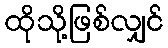
ထိုသို့ဖြစ်လျှင်